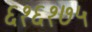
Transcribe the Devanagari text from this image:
६१६१७५